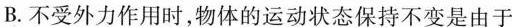
B.不受外力作用时，物体的运动状态保持不变是由于